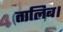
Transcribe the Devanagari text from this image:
तालिब।